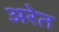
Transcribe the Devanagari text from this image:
अरेत